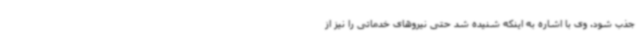
جذب شود. وی با اشاره به اینکه شنیده شد حتی نیروهای خدماتی را نیز از